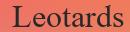
Leotards